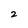
Character: 2